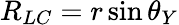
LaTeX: R_{LC}=r\sin\theta_{Y}